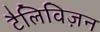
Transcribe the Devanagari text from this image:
टैलिविज़न